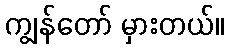
ကျွန်တော် မှားတယ်။